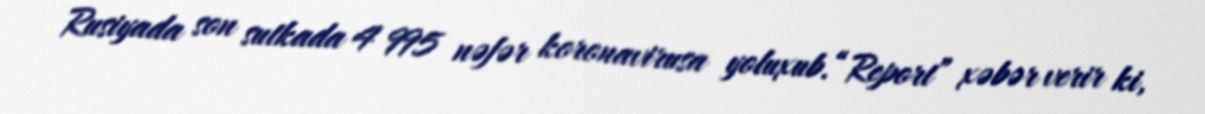
Rusiyada son sutkada 4 995 nəfər koronavirusa yoluxub.“Report” xəbər verir ki,